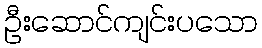
ဦးဆောင်ကျင်းပသော